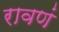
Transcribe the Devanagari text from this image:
रावणं